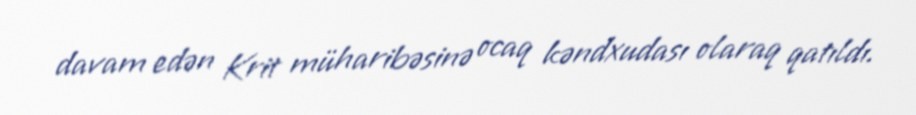
davam edən Krit müharibəsinə ocaq kəndxudası olaraq qatıldı.